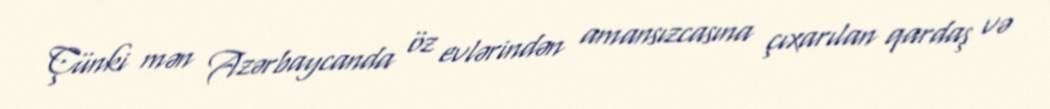
Çünki mən Azərbaycanda öz evlərindən amansızcasına çıxarılan qardaş və